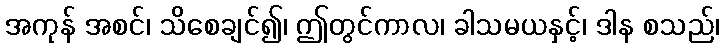
အကုန် အစင်၊ သိစေချင်၍၊ ဤတွင်ကာလ၊ ခါသမယနှင့်၊ ဒါန စသည်၊